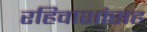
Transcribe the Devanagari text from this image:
रहिवाशांसह